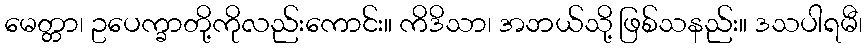
မေတ္တာ၊ ဥပေက္ခာတို့ကိုလည်းကောင်း။ ကိဒိသာ၊ အဘယ်သို့ ဖြစ်သနည်း။ ဒသပါရမီ၊